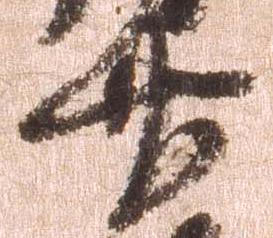
廿